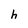
Character: h